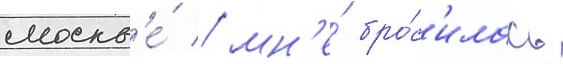
москв'е́ / мн'е́ бро́с'илась